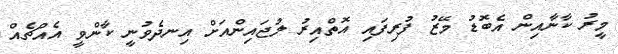
މީރު ކާނާއިން އެބޮޑު މޭޒު ފުރިފައި އޮތްއިރު ލުޖައިންއަށް އިނދެވުނީ ކާންވީ އެއްޗެއް